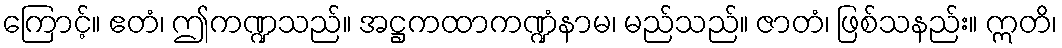
ကြောင့်။ ဧတံ၊ ဤကဏ္ဍသည်။ အဋ္ဌကထာကဏ္ဍံနာမ၊ မည်သည်။ ဇာတံ၊ ဖြစ်သနည်း။ ဣတိ၊